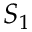
S _ { 1 }